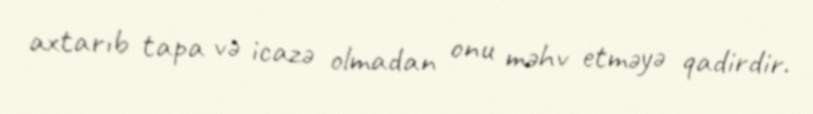
axtarıb tapa və icazə olmadan onu məhv etməyə qadirdir.